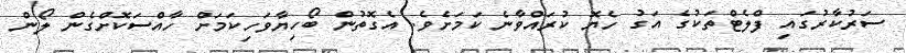
ސަރުކާރުގައި ފްލެޓްތަކުގެ އަގު ހެޔޮ ކުރައްވާނެ ކަމަށެވެ. އެގޮތުން ބޯހިޔާވަހިކަމަށް ހާއްސަކޮށްގެން ލޯން